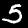
Label: 5